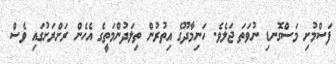
ފަސްމުށި މަސްގޮނޑި ނުވަތަ ޖަލެވެ. ހަނިމާދޫގެ އިތުރުން ތިލަދުންމަތީގެ އެހެން ރަށްރަށުގައި ވެސް